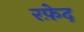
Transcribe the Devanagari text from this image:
रफ़ेद